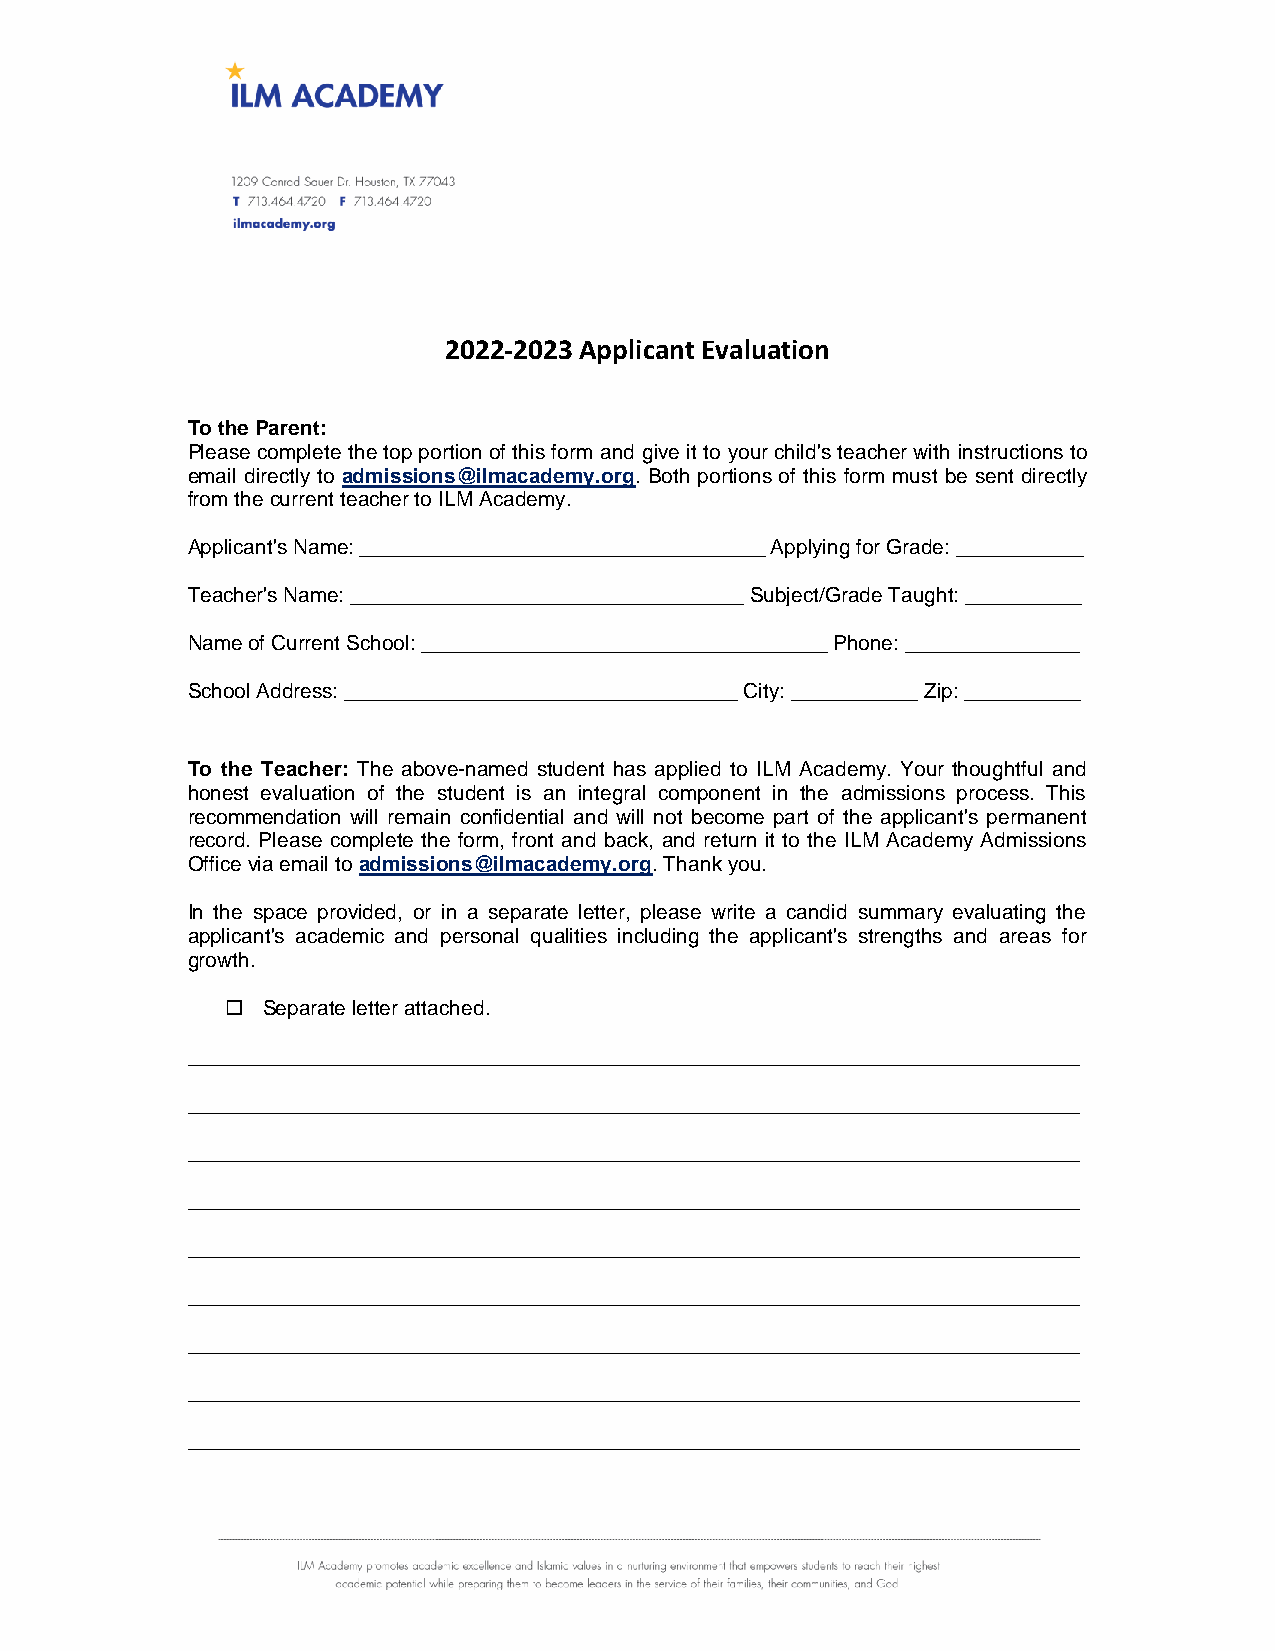
2022-2023 Applicant Evaluation
 To the Parent:
 Please complete the top portion of this form and give it to your child's teacher with instructions to
 email directly to admissions@ilmacademy.org. Both portions of this form must be sent directly
 from the current teacher to ILM Academy.
 Applicant's Name: ___________________________________ Applying for Grade: ___________
 Teacher's Name: __________________________________ Subject/Grade Taught: __________
 Name of Current School: ___________________________________ Phone: _______________
 School Address: __________________________________ City: ___________ Zip: __________
 To the Teacher: The above-named student has applied to ILM Academy. Your thoughtful and
 honest evaluation of the student is an integral component in the admissions process. This
 recommendation will remain confidential and will not become part of the applicant's permanent
 record. Please complete the form, front and back, and return it to the ILM Academy Admissions
 Office via email to admissions@ilmacademy.org. Thank you.
 In the space provided, or in a separate letter, please write a candid summary evaluating the
 applicant's academic and personal qualities including the applicant's strengths and areas for
 growth.
  Separate letter attached.
 _____________________________________________________________________________
 _____________________________________________________________________________
 _____________________________________________________________________________
 _____________________________________________________________________________
 _____________________________________________________________________________
 _____________________________________________________________________________
 _____________________________________________________________________________
 _____________________________________________________________________________
 _____________________________________________________________________________